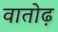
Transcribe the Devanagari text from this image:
वातोढ़